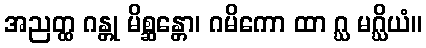
အညတ္ထ ဂန္တု မိစ္ဆန္တော၊ ဂမိကော ထာ ဂ္ဃ မဂ္ဃိယံ။